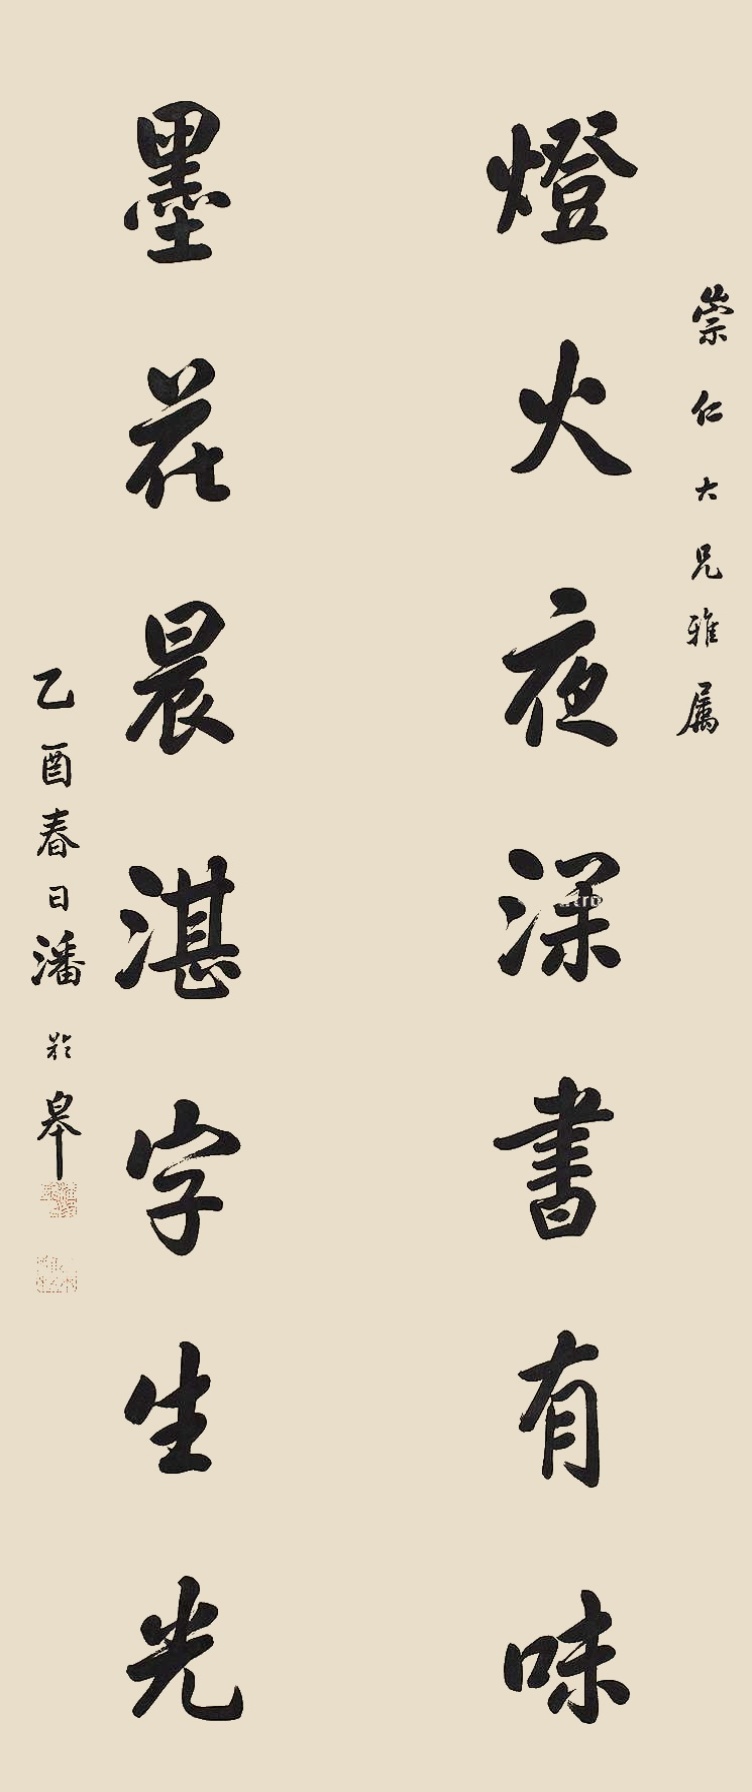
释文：灯火夜深书有味，墨花晨湛字生光。崇仁大兄雅属，乙酉春日潘龄皋。